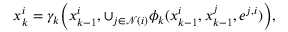
\begin{array} { r } { x _ { k } ^ { i } = \gamma _ { k } \Big ( x _ { k - 1 } ^ { i } , \cup _ { j \in \mathcal { N } ( i ) } \phi _ { k } ( x _ { k - 1 } ^ { i } , x _ { k - 1 } ^ { j } , e ^ { j , i } ) \Big ) , } \end{array}